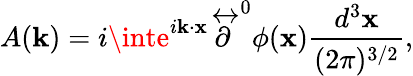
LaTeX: A(\mathbf{k})=i\inte^{i\mathbf{k}\cdot\mathbf{x}}\stackrel{\leftrightarrow}{\textstyle\partial}^{0}\phi(\mathbf{x})\frac{{d^{3}\mathbf{x}}}{{(2\pi)^{3/2}}},